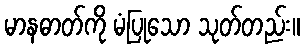
မာနဓာတ်ကို မံပြုသော သုတ်တည်း။